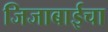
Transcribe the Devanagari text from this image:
जिजाबाईचा